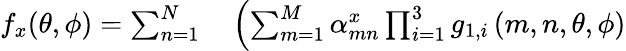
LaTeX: \begin{array}{rl}{f_{x}(\theta,\phi)=\sum_{n=1}^{N}}&{{}\left(\sum_{m=1}^{M}\alpha_{mn}^{x}\prod_{i=1}^{3}{g_{1,i}}\left(m,n,\theta,\phi\right)\right.}\end{array}